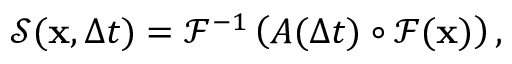
\begin{array} { r } { \mathcal { S } ( \mathbf { x } , \Delta t ) = \mathcal { F } ^ { - 1 } \left( A ( \Delta t ) \circ \mathcal { F } ( \mathbf { x } ) \right) , } \end{array}